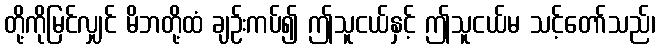
တို့ကိုမြင်လျှင် မိဘတို့ထံ ချဉ်းကပ်၍ ဤသူငယ်နှင့် ဤသူငယ်မ သင့်တော်သည်၊